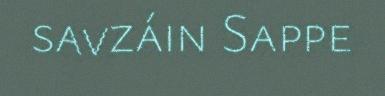
savzáin Sappe